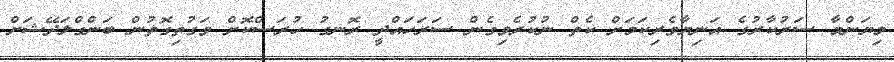
މިޔަންމާ ސަރުކާރުގެ އަނިޔާވެރިކަމަށް ކެތް ނުކުރެވިގެން ސަރަހައްދީ ރޮނގު ހުރަސްކޮށް ވަގުތިގޮތުން ބަންގްލަދޭޝަށް